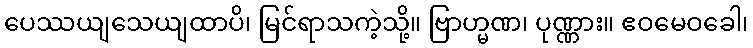
ပေဿယျသေယျထာပိ၊ မြင်ရာသကဲ့သို့။ ဗြာဟ္မဏ၊ ပုဏ္ဏား။ ဧဝမေဝခေါ၊